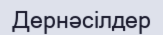
Дернәсілдер